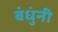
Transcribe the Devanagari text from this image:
बंधुंनी